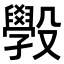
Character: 𭯄